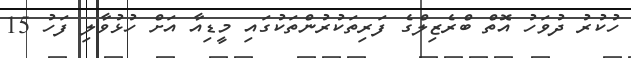
ހުކުރު ދުވަހު އޮތް ބްރެޒިލްގެ ފަރިތަކުރުންތަކުގައި މީޑިިއާ އަށް ހުޅުވާލި ފަހު 15